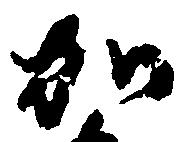
加